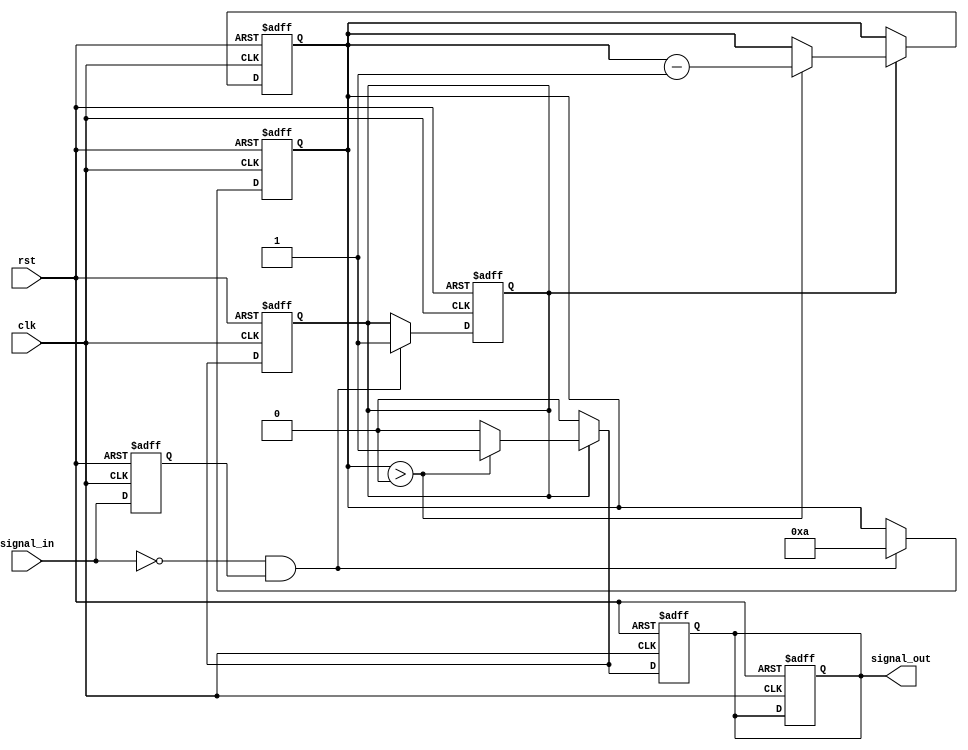
module monostable_edge_detector #(
    parameter PULSE_WIDTH = 10, // Pulse width in clock cycles
    parameter EDGE_TYPE = 2'b01  // 2'b00: Rising edge, 2'b01: Falling edge, 2'b10: Both edges
)(
    input wire clk,              // System clock
    input wire rst,              // Reset signal
    input wire signal_in,        // Input signal
    output reg signal_out        // Output pulse
);

    reg signal_in_prev;          // Previous state of the input signal
    reg [3:0] pulse_counter;     // Counter for pulse width
    reg pulse_active;            // Indicates if the pulse is currently active

    // Edge detection logic
    always @(posedge clk or posedge rst) begin
        if (rst) begin
            signal_in_prev <= 1'b0;
            signal_out <= 1'b0;
            pulse_counter <= 0;
            pulse_active <= 1'b0;
        end else begin
            // Store the previous state of the input signal
            signal_in_prev <= signal_in;

            // Edge detection based on configured EDGE_TYPE
            case (EDGE_TYPE)
                2'b00: // Rising edge detection
                    if (signal_in && !signal_in_prev) begin
                        pulse_active <= 1'b1; // Activate pulse
                        pulse_counter <= PULSE_WIDTH; // Load pulse width
                    end
                2'b01: // Falling edge detection
                    if (!signal_in && signal_in_prev) begin
                        pulse_active <= 1'b1; // Activate pulse
                        pulse_counter <= PULSE_WIDTH; // Load pulse width
                    end
                2'b10: // Both edges detection
                    if (signal_in && !signal_in_prev) begin
                        pulse_active <= 1'b1; // Activate pulse
                        pulse_counter <= PULSE_WIDTH; // Load pulse width
                    end else if (!signal_in && signal_in_prev) begin
                        pulse_active <= 1'b1; // Activate pulse
                        pulse_counter <= PULSE_WIDTH; // Load pulse width
                    end
            endcase
        end
    end

    // Pulse generation logic
    always @(posedge clk or posedge rst) begin
        if (rst) begin
            signal_out <= 1'b0;
            pulse_counter <= 0;
            pulse_active <= 1'b0;
        end else if (pulse_active) begin
            if (pulse_counter > 0) begin
                signal_out <= 1'b1; // Generate output pulse
                pulse_counter <= pulse_counter - 1; // Decrement pulse counter
            end else begin
                signal_out <= 1'b0; // End pulse
                pulse_active <= 1'b0; // Reset pulse active flag
            end
        end else begin
            signal_out <= 1'b0; // Ensure output is low when not active
        end
    end

endmodule